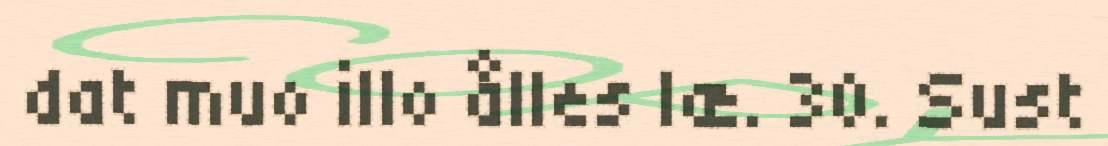
dat muo illo ålles læ. 30. Sust